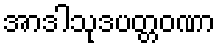
အာဒါသုဒပတ္တဝဏာ